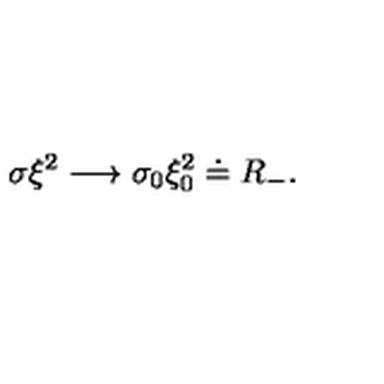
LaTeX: \sigma \xi ^ { 2 } \longrightarrow \sigma _ { 0 } \xi _ { 0 } ^ { 2 } \doteq R _ { - } .